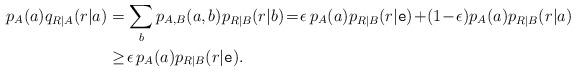
LaTeX: \begin{align*}p_{A}(a)q_{R|A}(r|a)&=\sum_bp_{A,B}(a,b)p_{R|B}(r|b) \!=\!\epsilon\, p_{A}(a)p_{R|B}(r|\mathtt e)\!+\!(1\!-\!\epsilon)p_{A}(a)p_{R|B}(r|a) \\&\geq\! \epsilon\, p_{A}(a)p_{R|B}(r|\mathtt e).\end{align*}